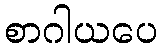
စာဂါယပေ